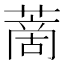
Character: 蔐